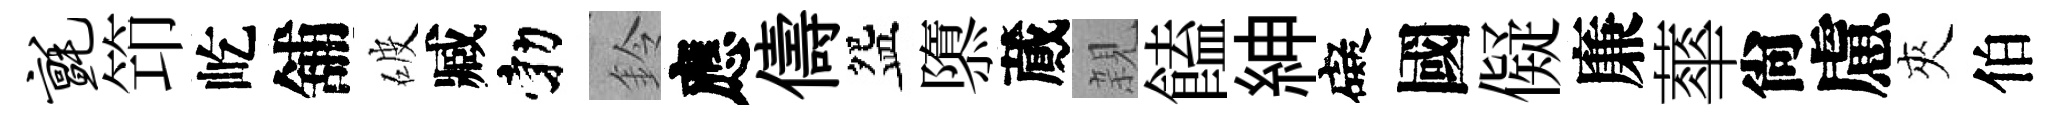
毡笻屹舖破臧勃鈴應儔盌隳蕆親饁紳礙國儗廉蕐尙慮夾伯